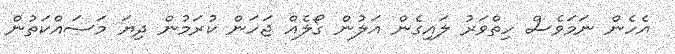
އެހެން ނަމަވެސް ހިތްވަރު ލައިގެން އަލުން ގޯލެއް ޖަހަން ކުރަމުން ދިޔަ މަސައްކަތުން